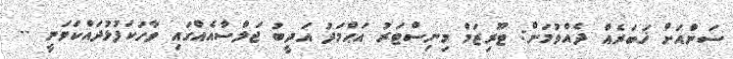
ސަންއަށް ޚަބަރެއް ދެއްވުމަށް: ޓޫރިޒަމް މިނިސްޓަރު އަޙްމަދު އަދީބު ޖަލްސާއެއްގައި ވާހަކަފުޅުދައްކަވަނީ --